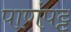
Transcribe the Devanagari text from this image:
पाणंपट्ट